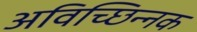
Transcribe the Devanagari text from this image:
अविच्छिन्नक